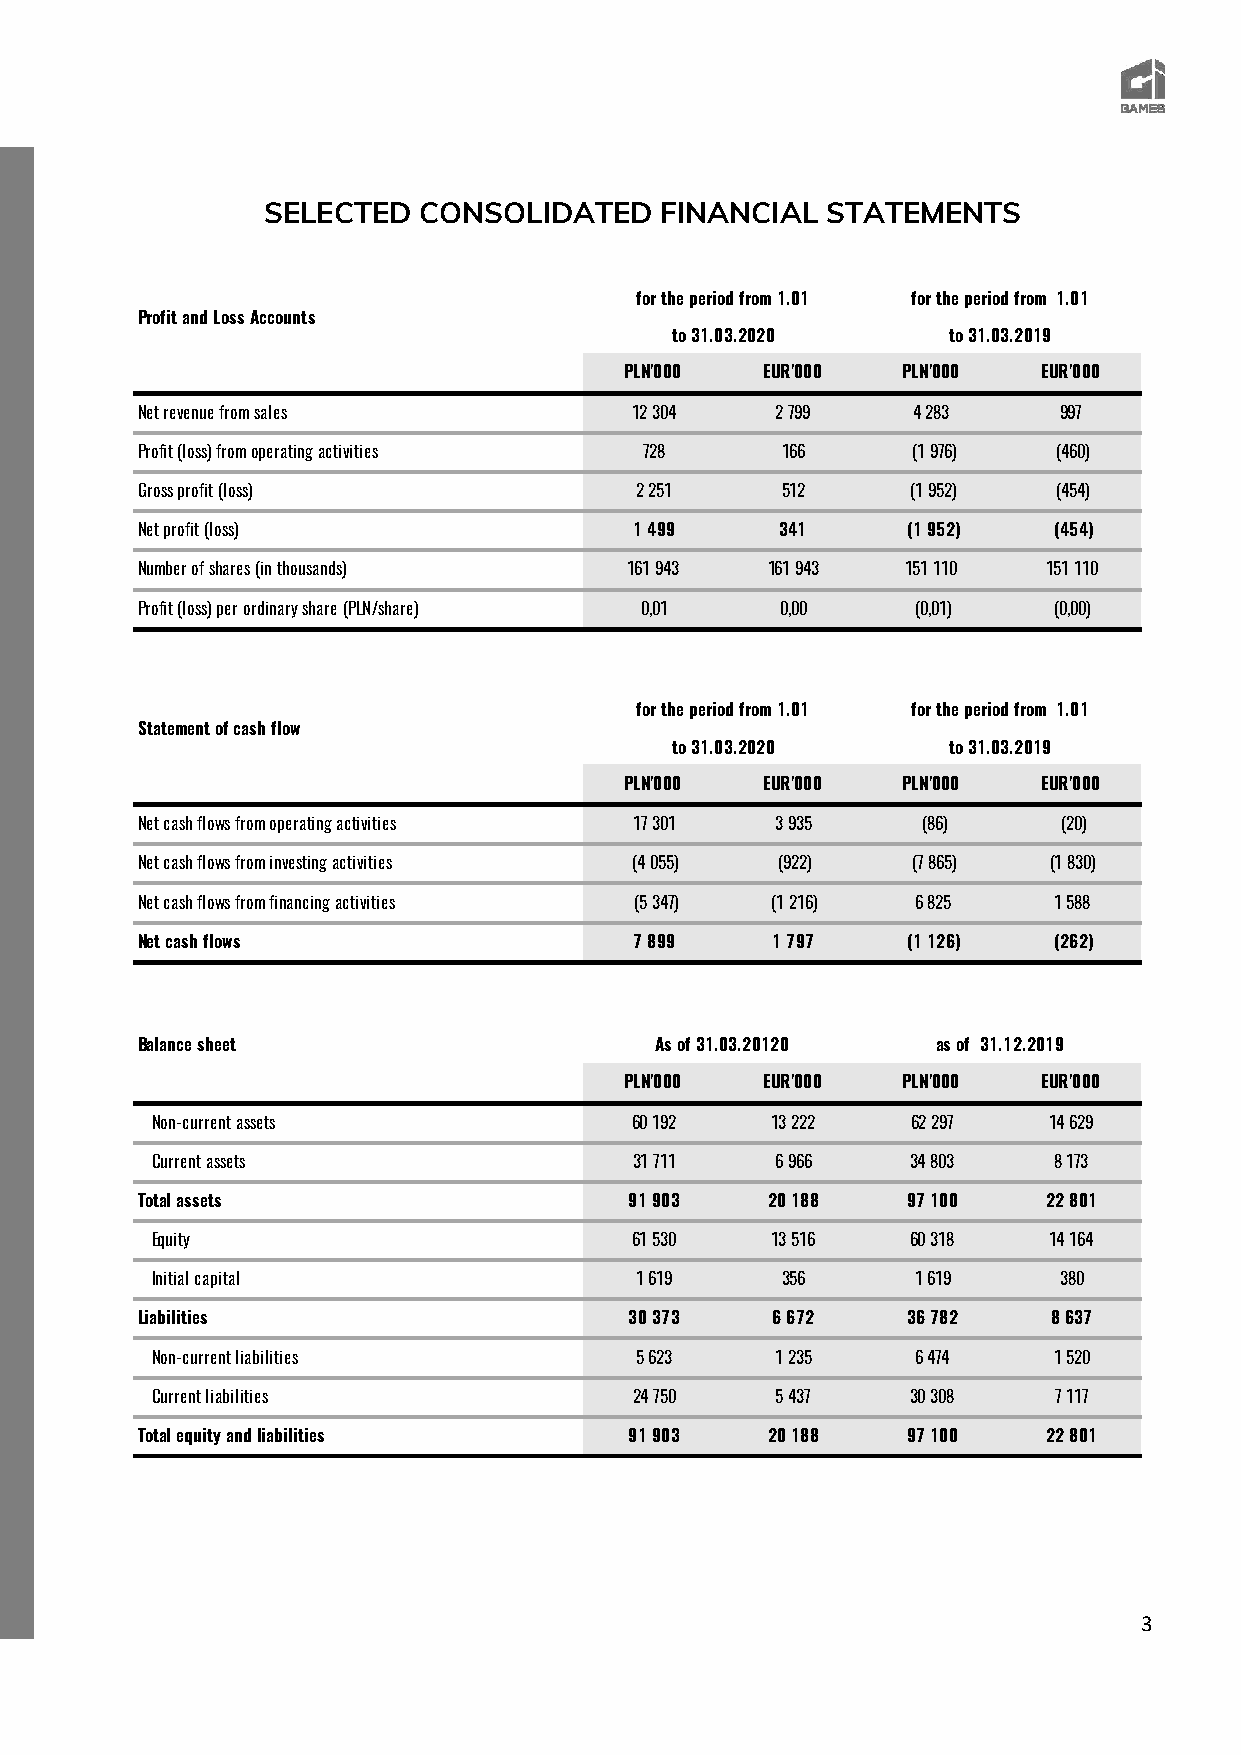
SELECTED   CONSOLIDATED    FINANCIAL  STATEMENTS
 for the period from 1.01 for the period from 1.01
 Profit and Loss Accounts
 to 31.03.2020      to 31.03.2019
 PLN'000  EUR'000   PLN'000  EUR'000
 Net revenue from sales           12 304   2 799    4 283     997
 Profit (loss) from operating activities 728 166    (1 976)   (460)
 Gross profit (loss)              2 251     512     (1 952)   (454)
 Net profit (loss)                1 499     341     (1 952)   (454)
 Number of shares (in thousands) 161 943   161 943  151 110  151 110
 Profit (loss) per ordinary share (PLN/share) 0,01 0,00 (0,01) (0,00)
 for the period from 1.01 for the period from 1.01
 Statement of cash flow
 to 31.03.2020      to 31.03.2019
 PLN'000  EUR'000   PLN'000  EUR'000
 Net cash flows from operating activities 17 301 3 935 (86)   (20)
 Net cash flows from investing activities (4 055) (922) (7 865) (1 830)
 Net cash flows from financing activities (5 347) (1 216) 6 825 1 588
 Net cash flows                   7 899    1 797    (1 126)   (262)
 Balance sheet                     As of 31.03.20120  as of 31.12.2019
 PLN'000  EUR'000   PLN'000  EUR'000
 Non-current assets              60 192   13 222   62 297   14 629
 Current assets                  31 711   6 966    34 803    8 173
 Total assets                     91 903   20 188   97 100   22 801
 Equity                          61 530   13 516   60 318   14 164
 Initial capital                 1 619     356      1 619    380
 Liabilities                      30 373   6 672    36 782    8 637
 Non-current liabilities         5 623    1 235     6 474    1 520
 Current liabilities             24 750   5 437    30 308    7 117
 Total equity and liabilities     91 903   20 188   97 100   22 801
 3